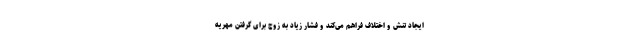
ایجاد تنش و اختلاف فراهم می‌کند و فشار زیاد به زوج برای گرفتن مهریه